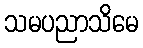
သမပညာသိမေ